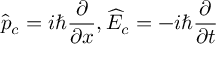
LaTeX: \widehat { p } _ { c } = i \hbar \frac { \partial } { \partial x } , \widehat { E } _ { c } = - i \hbar \frac { \partial } { \partial t }